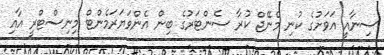
ސިނާއީ އަވަށުގެ ކުނި މެނޭޖް ކުރާ ސެންޓަރުގެ ބިން އެންވަޔަރަމެންޓް މިނިސްޓްރީ އާއި